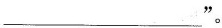
___"。